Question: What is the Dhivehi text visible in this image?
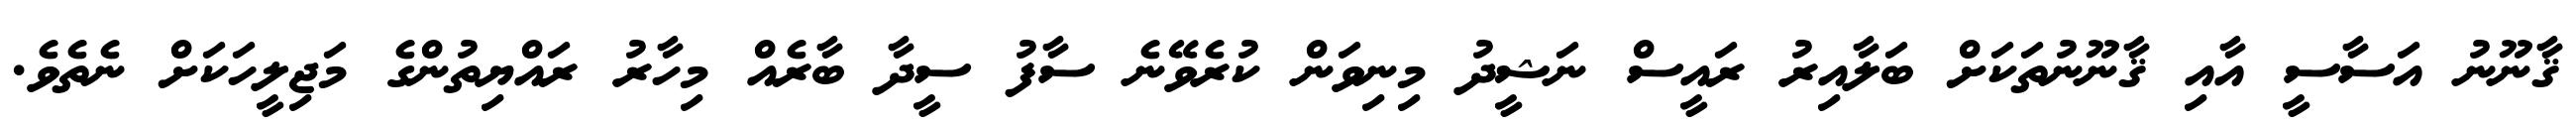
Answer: ޤާނޫނު އަސާސީ އާއި ޤާނޫނުތަކަށް ބަލާއިރު ރައީސް ނަޝީދު މިނިވަން ކުރެވޭނެ ސާފު ސީދާ ބާރެއް މިހާރު ރައްޔިތުންގެ މަޖިލީހަކަށް ނެތެވެ.